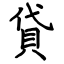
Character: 貸